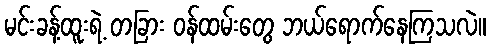
မင်းခန့်ထူးရဲ့ တခြား ဝန်ထမ်းတွေ ဘယ်ရောက်နေကြသလဲ။